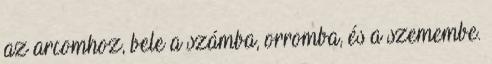
az arcomhoz, bele a számba, orromba, és a szemembe.